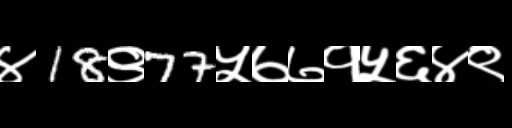
Text: ४18९77५७७१५६४९